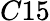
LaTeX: C15